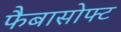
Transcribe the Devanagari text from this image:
फैबासोफ्ट